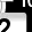
Digit: 2